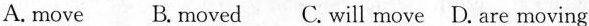
A. move B. moved C. Will move D. Are moving